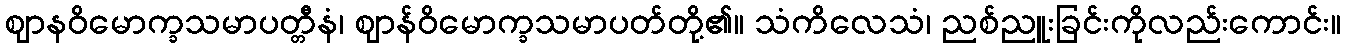
ဈာနဝိမောက္ခသမာပတ္တီနံ၊ ဈာန်ဝိမောက္ခသမာပတ်တို့၏။ သံကိလေသံ၊ ညစ်ညူးခြင်းကိုလည်းကောင်း။